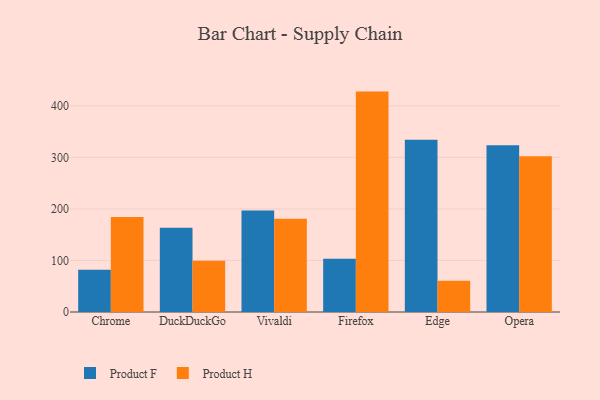
{"axis": {"x": "Browser", "y": "Latency (ms)"}, "legend": ["Product F", "Product H"], "data": [{"x": "Chrome", "y": 82.2, "type": "Product F"}, {"x": "Chrome", "y": 184.2, "type": "Product H"}, {"x": "DuckDuckGo", "y": 163.4, "type": "Product F"}, {"x": "DuckDuckGo", "y": 99.6, "type": "Product H"}, {"x": "Vivaldi", "y": 197.1, "type": "Product F"}, {"x": "Vivaldi", "y": 180.9, "type": "Product H"}, {"x": "Firefox", "y": 103.4, "type": "Product F"}, {"x": "Firefox", "y": 427.6, "type": "Product H"}, {"x": "Edge", "y": 334.3, "type": "Product F"}, {"x": "Edge", "y": 60.7, "type": "Product H"}, {"x": "Opera", "y": 323.6, "type": "Product F"}, {"x": "Opera", "y": 302.1, "type": "Product H"}]}